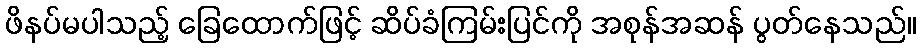
ဖိနပ်မပါသည့် ခြေထောက်ဖြင့် ဆိပ်ခံကြမ်းပြင်ကို အစုန်အဆန် ပွတ်နေသည်။